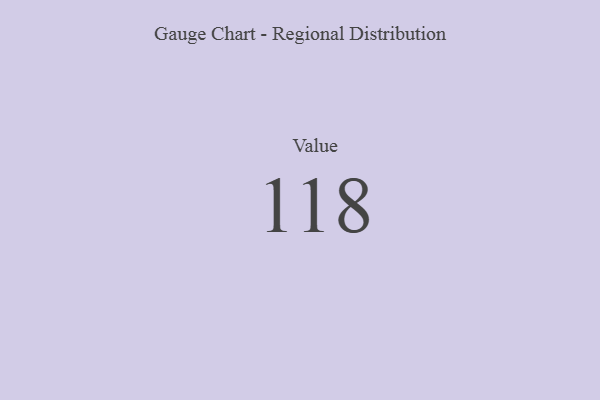
{"axis": {"x": "Metric", "y": "Value"}, "legend": [""], "data": [{"x": "Value", "y": 118, "type": ""}]}